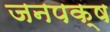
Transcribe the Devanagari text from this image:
जनपक्ष